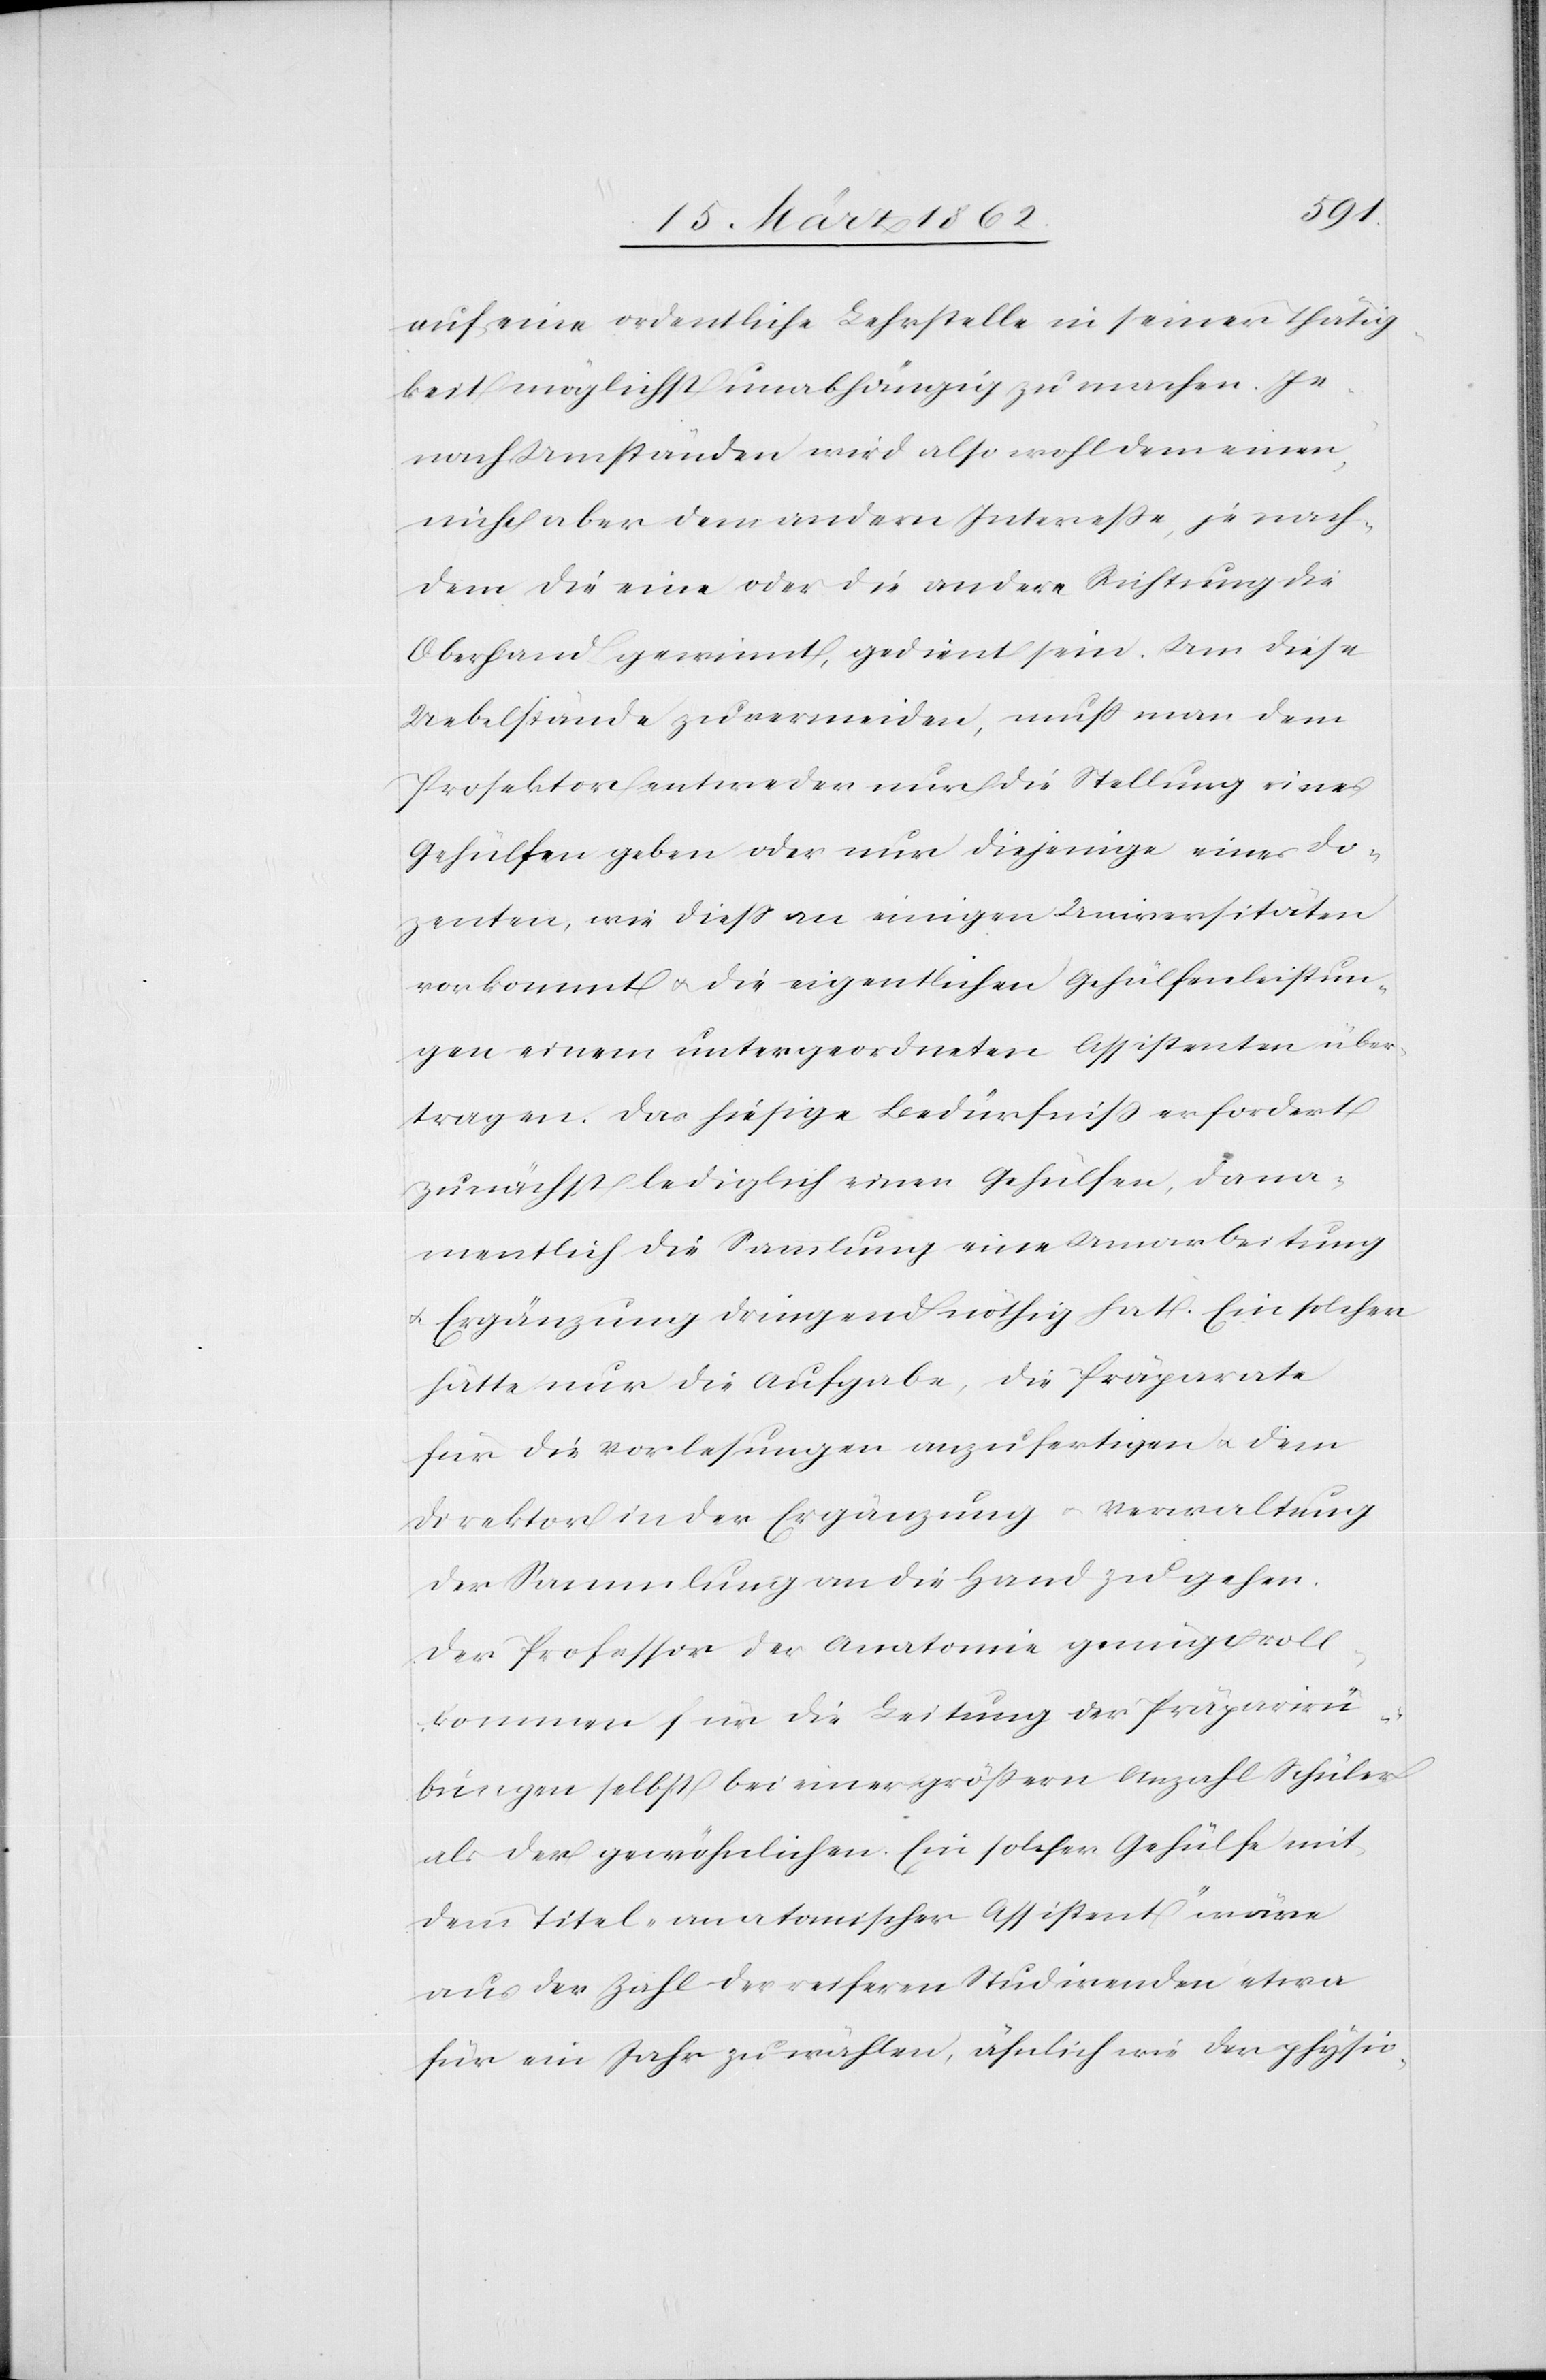
auf eine ordentliche Lehrstelle in seiner Thätig¬
keit möglichst unabhängig zu machen. Je
nach Umständen wird also wohl dem einen,
nicht aber dem andern Intereße, je nach¬
dem die eine oder die andere Richtung die
Oberhand gewinnt, gedient sein. Um diese
Uebelstände zu vermeiden, muß man dem
Prosektor entweder nur die Stellung eines
Gehülfen geben oder nur diejenige eines Do¬
zenten, wie dieß an einigen Universitäten
vorkommt u. die eigentlichen Gehülfenleistun¬
gen einem untergeordneten Assistenten über¬
tragen. Das hiesige Bedürfniß erfordert
zunächst lediglich einen Gehülfen, da na¬
mentlich die Sammlung eine Umarbeitung
u. Ergänzung dringend nöthig hat. Ein solcher
hätte nur die Aufgabe, die Präparate
für die Vorlesungen anzufertigen u. dem
Direktor in der Ergänzung u. Verwaltung
der Sammlung an die Hand zu gehen.
Der Professor der Anatomie genügt voll¬
kommen für die Leitung der Präparirü¬
bungen selbst bei einer größern Anzahl Schüler
als der gewöhnlichen. Ein solcher Gehülfe mit
dem Titel „anatomischer Assistent“ wäre
aus der Zahl der reiferen Studirenden etwa
für ein Jahr zu wählen, ähnlich wie der physio-